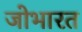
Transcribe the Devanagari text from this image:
जोभारत